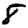
Digit: 8